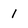
Character: l